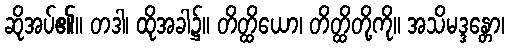
ဆိုအပ်၏။ တဒါ၊ ထိုအခါ၌။ တိတ္ထိယော၊ တိတ္ထိတို့ကို။ အသိမဒ္ဒန္တော၊